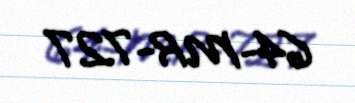
64-MR-727